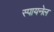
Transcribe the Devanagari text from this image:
स्पायनेल